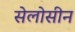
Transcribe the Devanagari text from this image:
सेलोसीन